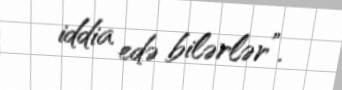
iddia edə bilərlər”.